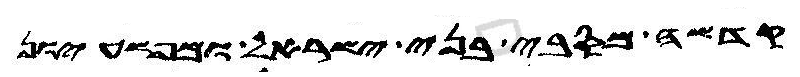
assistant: קדשה מסבי בני ישראל ומפשעיון